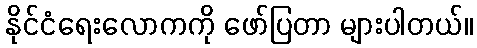
နိုင်ငံရေးလောကကို ဖော်ပြတာ များပါတယ်။